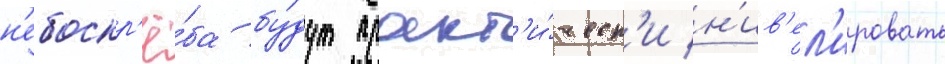
н'ебоскр'ё́ба бу́дут практ'и́ческ'и н'ив'ел'ировать